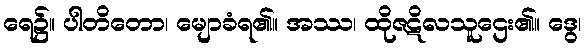
ရေ၌။ ပါတိတော၊ မျောခံရ၏။ အဿ၊ ထိုဇဋိလသူဌေး၏။ ဒွေ၊